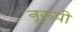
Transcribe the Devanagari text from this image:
नृरूपी